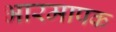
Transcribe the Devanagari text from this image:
भारमापक